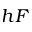
h F